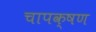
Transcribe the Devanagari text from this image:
चापक्षण